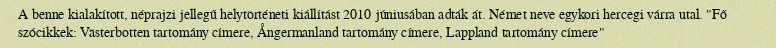
A benne kialakított, néprajzi jellegű helytörténeti kiállítást 2010 júniusában adták át. Német neve egykori hercegi várra utal. "Fő szócikkek: Västerbotten tartomány címere, Ångermanland tartomány címere, Lappland tartomány címere"